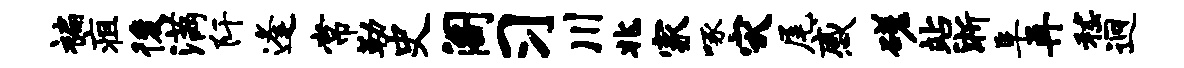
褊疽後满阡逢常勒史阁习川兆家啄灾尾感磋站淅阜再嵇迥